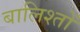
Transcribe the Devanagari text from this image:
बालिश्तों